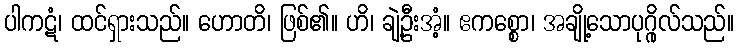
ပါကဋံ၊ ထင်ရှားသည်။ ဟောတိ၊ ဖြစ်၏။ ဟိ၊ ချဲ့ဦးအံ့။ ဧကစ္စော၊ အချို့သောပုဂ္ဂိုလ်သည်။